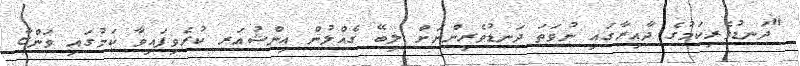
"ދަނޑުވެރިކަމުގެ ދާއިރާގައި ނުވަތަ ދަނޑުވެރިންނަށް ލިބޭ ގެއްލުން އިންޝުއަރ ކުރެވިފައިިވާ ކަމުގައި ވަންޏާ